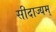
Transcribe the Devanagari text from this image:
सीदाज्यम्